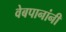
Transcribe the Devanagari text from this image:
वेबपानांनी